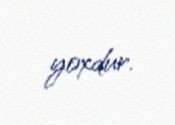
yoxdur.